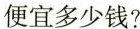
便宜多少钱?